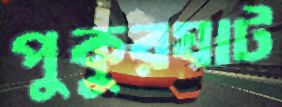
পুকুরঘাট